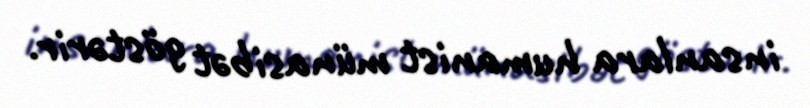
insanlara humanist münasibət göstərir.